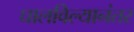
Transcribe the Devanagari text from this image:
घालविल्यानंतर